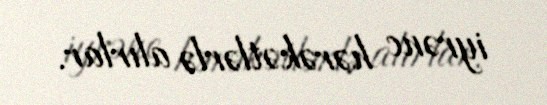
iyrənc hərəkətlərlə alırlar.